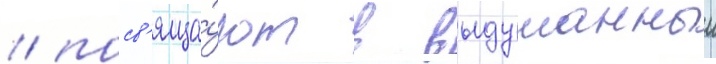
/ посв'яща́ют в выдуманныи